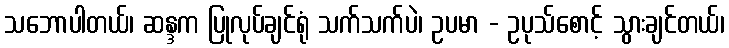
သဘောပါတယ်၊ ဆန္ဒက ပြုလုပ်ချင်ရုံ သက်သက်ပဲ၊ ဥပမာ - ဥပုသ်စောင့် သွားချင်တယ်၊